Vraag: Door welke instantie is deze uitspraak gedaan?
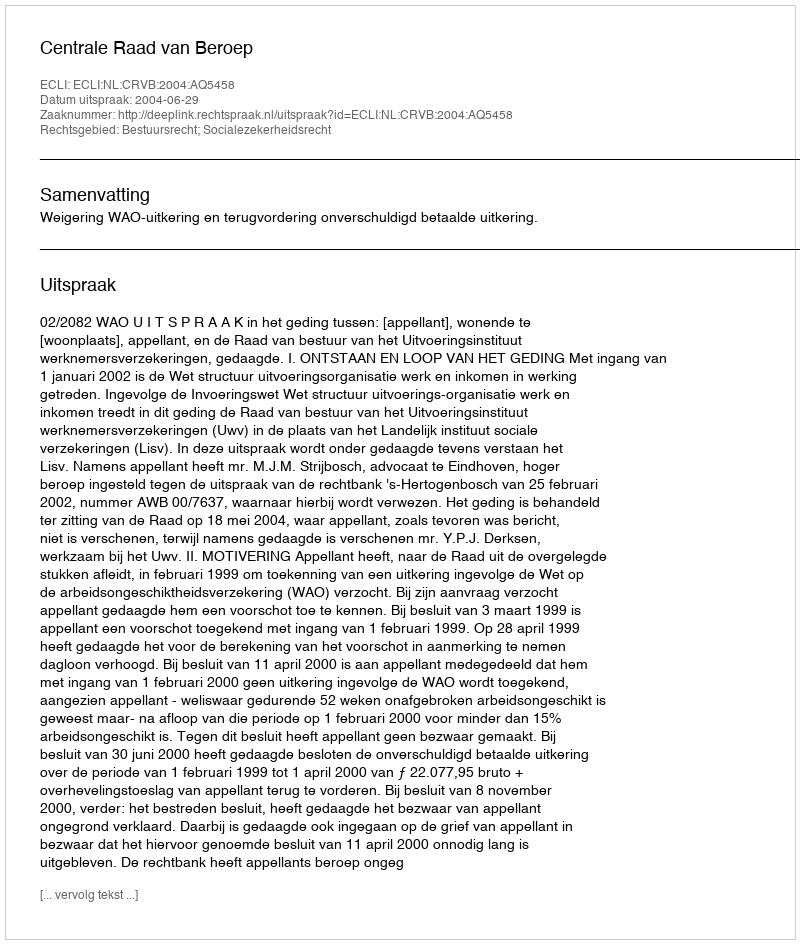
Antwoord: Centrale Raad van Beroep